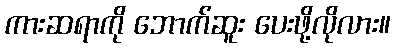
ကားဆရာကို ဘောက်ဆူး ပေးဖို့လိုလား။